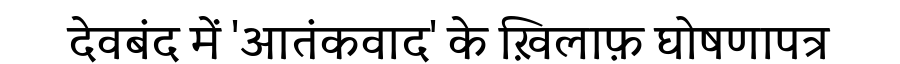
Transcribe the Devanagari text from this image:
देवबंद में 'आतंकवाद' के ख़िलाफ़ घोषणापत्र